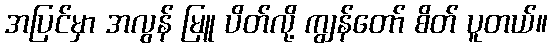
အပြင်မှာ အလွန် မြူ ပိတ်လို့ ကျွန်တော် စိတ် ပူတယ်။